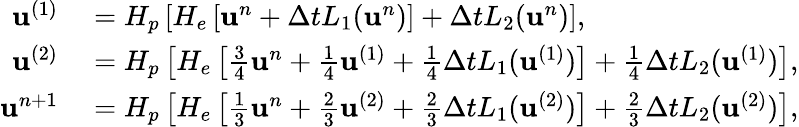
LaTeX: \begin{array}{rl}{\mathbf{u}^{(1)}}&{{}=H_{p}\left[H_{e}\left[\mathbf{u}^{n}+\Delta tL_{1}(\mathbf{u}^{n})\right]+\Delta tL_{2}(\mathbf{u}^{n})\right],}\\ {\mathbf{u}^{(2)}}&{{}=H_{p}\left[H_{e}\left[\frac{3}{4}\mathbf{u}^{n}+\frac{1}{4}\mathbf{u}^{(1)}+\frac{1}{4}\Delta tL_{1}(\mathbf{u}^{(1)})\right]+\frac{1}{4}\Delta tL_{2}(\mathbf{u}^{(1)})\right],}\\ {\mathbf{u}^{n+1}}&{{}=H_{p}\left[H_{e}\left[\frac{1}{3}\mathbf{u}^{n}+\frac{2}{3}\mathbf{u}^{(2)}+\frac{2}{3}\Delta tL_{1}(\mathbf{u}^{(2)})\right]+\frac{2}{3}\Delta tL_{2}(\mathbf{u}^{(2)})\right],}\end{array}